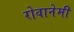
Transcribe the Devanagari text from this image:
रोवानेमी